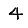
Digit: 4